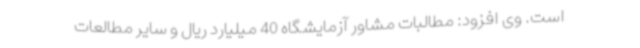
است. وی افزود: مطالبات مشاور آزمایشگاه 40 میلیارد ریال و سایر مطالعات